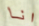
انا